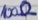
Text: 100Ω